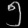
Digit: ၅